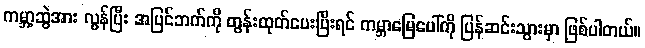
ကမ္ဘာ့ဆွဲအား လွန်ပြီး အပြင်ဘက်ကို တွန်းထုတ်ပေးပြီးရင် ကမ္ဘာမြေပေါ်ကို ပြန်ဆင်းသွားမှာ ဖြစ်ပါတယ်။